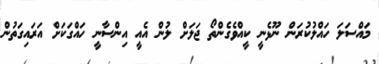
މައްސަލަ ހައްލުކުރަން ނޫޅެނީ ކީއްވެގެންތޯ ޖަލަށް ލުން އެއީ އިންސާނީ ހައްގަކަށް އަރައިގަތުން